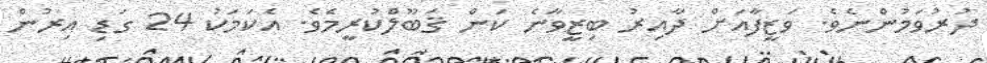
ދުރުވަމުންނެވެ. ވަޒީފާއަށް ދާއިރު ބިޒީވާނެ ކަން ޤަބޫލްކުރީމެވެ. އެކަމަކު 24 ގަޑި އިރުން